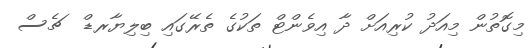
މިގޮތުން މިއަދު ކުރިއަށް ދާ އިވެންޓް ތަކުގެ ތެރޭގައި ބިލިޔާރޑް  ޗެސް